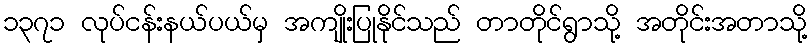
၁၃၇၁ လုပ်ငန်းနယ်ပယ်မှ အကျိုးပြုနိုင်သည် တာတိုင်ရွာသို့ အတိုင်းအတာသို့